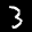
Label: 3